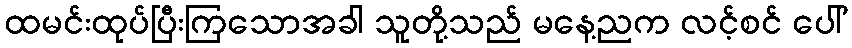
ထမင်းထုပ်ပြီးကြသောအခါ သူတို့သည် မနေ့ညက လင့်စင် ပေါ်